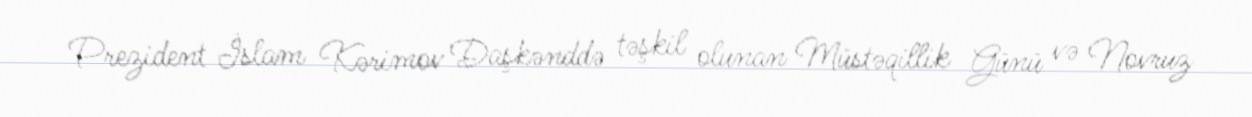
Prezident İslam Kərimov Daşkənddə təşkil olunan Müstəqillik Günü və Novruz